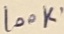
Text: 100K